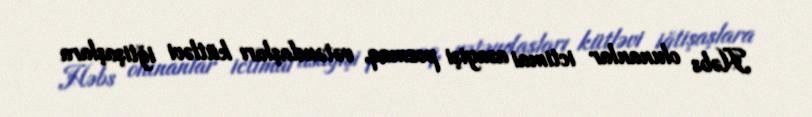
Həbs olunanlar ictimai asayişi pozmaq, vətəndaşları kütləvi iğtişaşlara